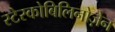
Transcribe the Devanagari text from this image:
स्टेरकोबिलिनोज़ेन